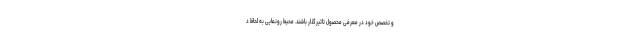
و تخصص خود در معرفی محصول تاثیرگذار باشند. محیط رونمایی به لحاظ د